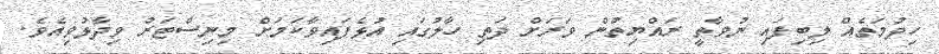
ހިދުމަތެއް ލިބިފައި ނުވާތީ ރައްޔިތުން ވަރަށް ދަތި ހާލުގައި އުޅެފައިވާކަމަށް މިނިސްޓަރު ވިދާޅުވިއެވެ.